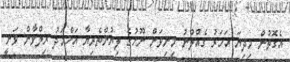
އެގޮތުން މިދިޔަ އަހަރު ގެއްލުނު މިނިވަން ނޫހުގެ ލިޔުންތެރިޔާ އަހްމަދު ރިލްވާން ވަނީ